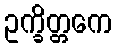
ဥက္ခိတ္တကေ